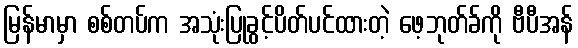
မြန်မာမှာ စစ်တပ်က အသုံးပြုခွင့်ပိတ်ပင်ထားတဲ့ ဖေ့ဘုတ်ခ်ကို ဗီပီအန်